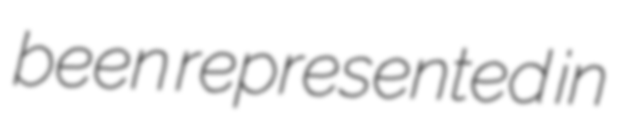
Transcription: been represented in